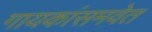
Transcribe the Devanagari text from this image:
गायकांसमवेत